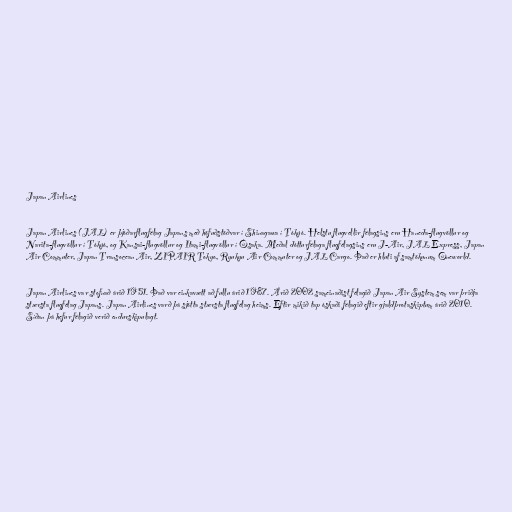
Japan Airlines

Japan Airlines (JAL) er þjóðarflugfélag Japans með höfuðstöðvar í Shinagawa í Tókýó. Helstu flugvellir félagsins eru Haneda-flugvöllur og
Narita-flugvöllur í Tókýó, og Kansai-flugvöllur og Itami-flugvöllur í Ósaka. Meðal dótturfélaga flugfélagsins eru J-Air, JAL Express, Japan
Air Commuter, Japan Transocean Air, ZIPAIR Tokyo, Ryukyu Air Commuter og JAL Cargo. Það er hluti af samtökunum Oneworld.

Japan Airlines var stofnað árið 1951. Það var einkavætt að fullu árið 1987. Árið 2002 sameinaðist félagið Japan Air System sem var þriðja
stærsta flugfélag Japans. Japan Airlines varð þá sjötta stærsta flugfélag heims. Eftir mikið tap óskaði félagið eftir gjaldþrotaskiptum árið 2010.
Síðan þá hefur félagið verið endurskipulagt.